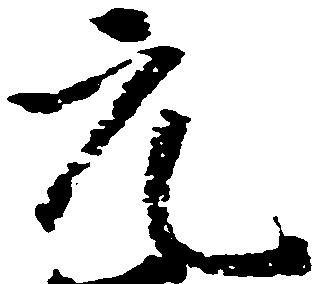
元